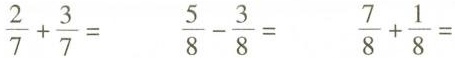
$$\frac{2}{7} + \frac{3}{7} =$$$$\frac{5}{8} - \frac{3}{8} =$$$$\frac{7}{8} + \frac{1}{8} =$$